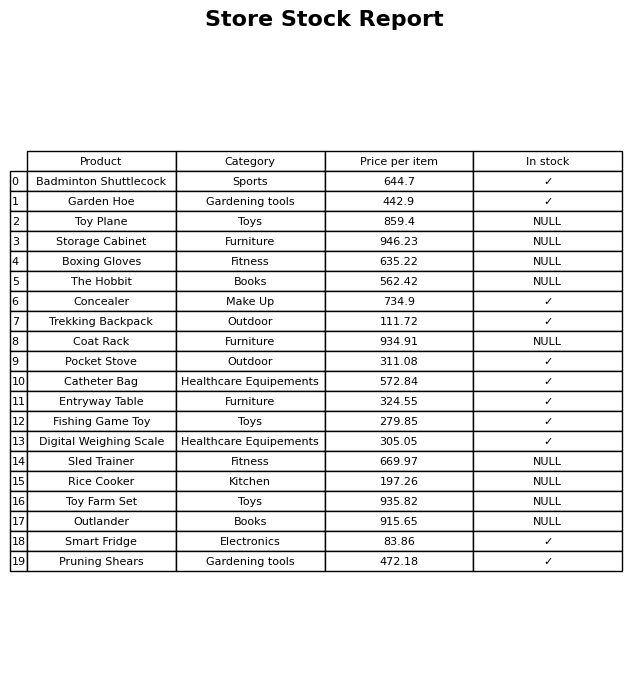
question: What is the price for Toy Plane?
answer: The price of Toy Plane is 859.4.